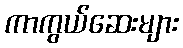
ကာကွယ်ဆေးများ